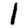
Digit: 1